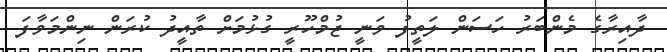
ދާއިރާގެ މެންބަރު ހަސަން ލަތީފު ވަނީ ޖުމްހޫރީ ގުޅުމަށް ތާއީދު ކުރަން ނިންމަވާފަ